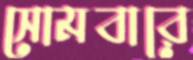
সোমবারে